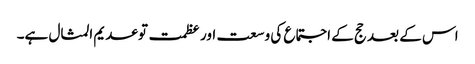
اس کے بعد حج کے اجتماع کی وسعت اور عظمت توعدیم المثال ہے۔